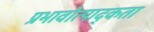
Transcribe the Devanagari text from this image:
प्रभावोत्पाद्कता